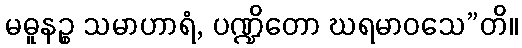
မဓူနဉ္စ သမာဟာရံ, ပဏ္ဍိတော ဃရမာဝသေ”တိ။